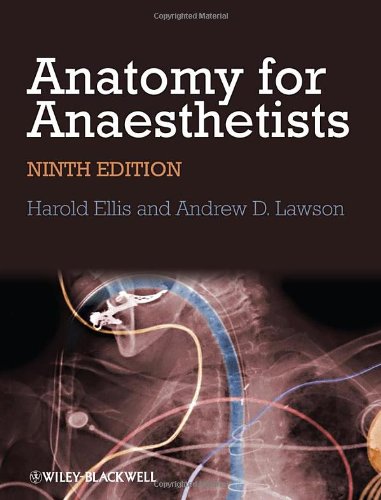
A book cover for Anatomy for Anaesthetists; Harold Ellis; Medical Books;